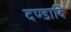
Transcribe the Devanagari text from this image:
दण्डादि